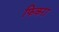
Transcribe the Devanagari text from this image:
फिकरा